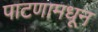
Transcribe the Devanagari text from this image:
पाटणामधून